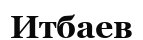
Итбаев